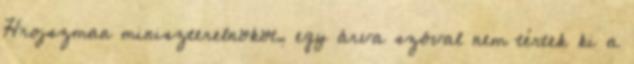
Hrojszman miniszterelnököt, egy árva szóval nem tértek ki a